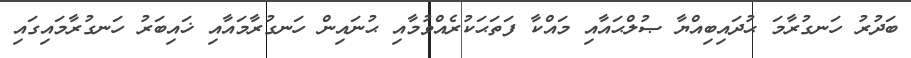
ބަދުރު ހަނގުރާމަ ޙުދައިބިއްޔާ ޞުލްޙައާއި މައްކާ ފަތަޙަކުރެއްވުމާއި ޙުނައިން ހަނގުރާމައާއި ޚައިބަރު ހަނގުރާމައިގައި